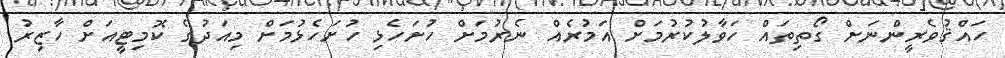
ހައްޤުވެރީންނަށް ގޯތިތައް ހަވާލުކުރުމަށް އަމުރެއް ނެރުމަށް ހުށަހެޅި ހުށަހެޅުމަށް މިއަދުގެ ކޮމިޓީއަށް ހާޒިރު